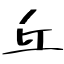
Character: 丘